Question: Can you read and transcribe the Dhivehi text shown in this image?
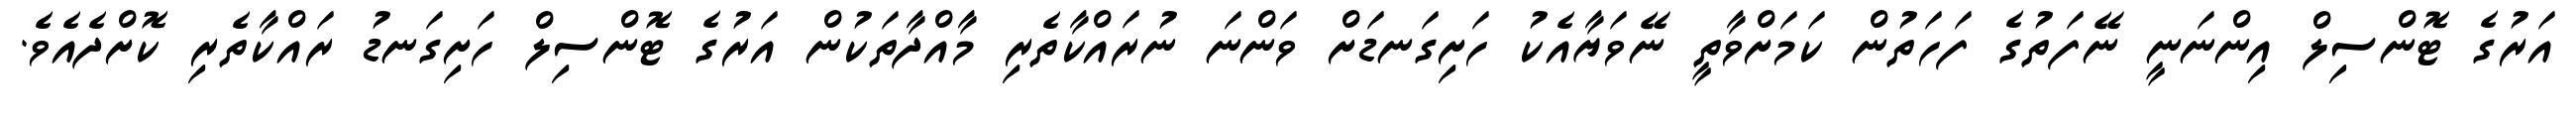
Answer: އަރުގެ ޓޮންސިލް އިންނަނީ ނޭފަތުގެ ފަހަތުން ކަމަށްވާތީ ނޭވަޔާއެކު ހަށިގަނޑަށް ވަންނަ ނުރައްކާތެރި މާއްދާތަކުން އަރުގެ ޓޮންސިލް ހަށިގަނޑު ރައްކާތެރި ކޮށްދެއެވެ.